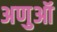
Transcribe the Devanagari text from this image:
अणुऑ